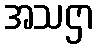
အသဌာ